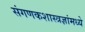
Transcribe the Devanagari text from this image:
संगणकशास्त्रज्ञांमध्ये